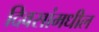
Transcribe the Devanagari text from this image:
दिवसांमधील